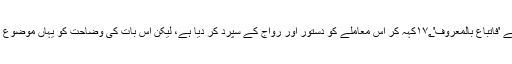
۱۶؂یہاں دیت کی مقدار کی کوئی تفصیل بیان نہیں کی گئی، بلکہ دوسری جگہ اللہ تعالیٰ نے 'فَاتِّبَاعٌ بِالْمَعْرُوْفِ'۱۷؂کہہ کر اس معاملے کو دستور اور رواج کے سپرد کر دیا ہے، لیکن اس بات کی وضاحت کو یہاں موضوع بنایا گیا ہے کہ دیت کی ادائیگی کس صورت میں ضروری ہے اور کس صورت میں نہیں۔